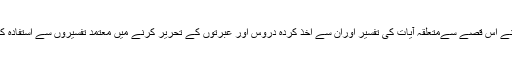
انہوں نے اس قصے سےمتعلقہ آیات کی تفسیر اوران سے اخذ کردہ دروس اور عبرتوں کے تحریر کرنے میں معتمد تفسیروں سے استفادہ کیا ہے۔